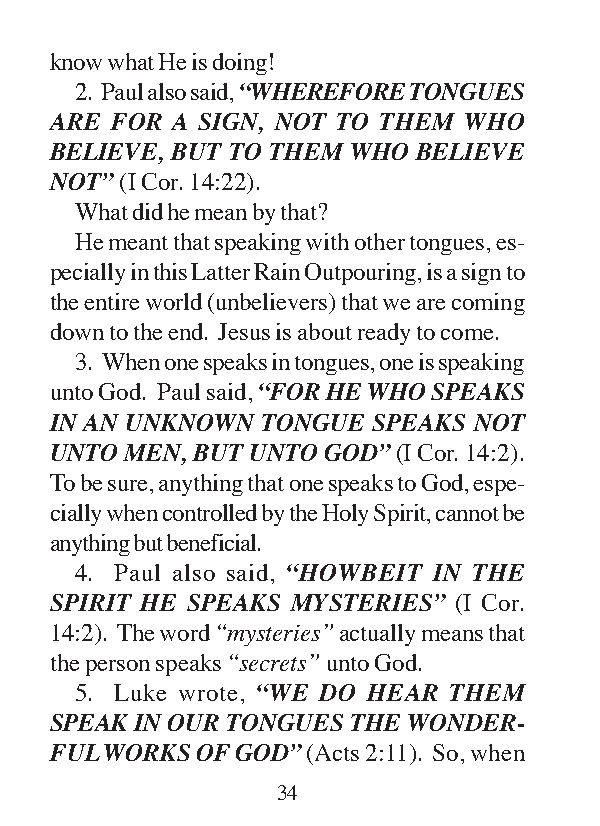
know what He is doing!
 2. Paul also said, “WHEREFORE TONGUES
 ARE FOR A SIGN, NOT TO THEM WHO
 BELIEVE, BUT TO THEM WHO BELIEVE
 NOT” (I Cor. 14:22).
 What did he mean by that?
 He meant that speaking with other tongues, es-
 pecially in this Latter Rain Outpouring, is a sign to
 the entire world (unbelievers) that we are coming
 down to the end. Jesus is about ready to come.
 3. When one speaks in tongues, one is speaking
 unto God. Paul said, “FOR HE WHO SPEAKS
 IN AN UNKNOWN TONGUE  SPEAKS NOT
 UNTO MEN, BUT UNTO GOD” (I Cor. 14:2).
 To be sure, anything that one speaks to God, espe-
 cially when controlled by the Holy Spirit, cannot be
 anything but beneficial.
 4. Paul also said, “HOWBEIT IN THE
 SPIRIT HE SPEAKS MYSTERIES” (I Cor.
 14:2). The word “mysteries” actually means that
 the person speaks “secrets” unto God.
 5. Luke wrote, “WE DO HEAR THEM
 SPEAK IN OUR TONGUES THE WONDER-
 FUL WORKS OF GOD” (Acts 2:11). So, when
 34